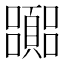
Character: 嚻